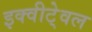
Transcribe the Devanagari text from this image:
इक्वीटे्वल